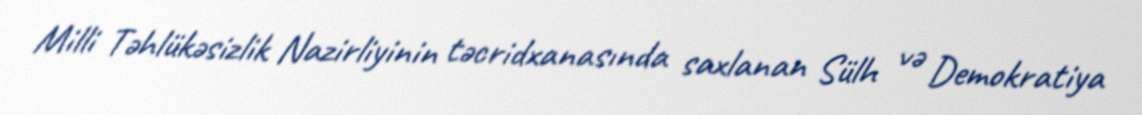
Milli Təhlükəsizlik Nazirliyinin təcridxanasında saxlanan Sülh və Demokratiya